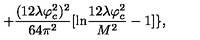
+ \frac { ( 1 2 \lambda \varphi _ { c } ^ { 2 } ) ^ { 2 } } { 6 4 \pi ^ { 2 } } [ \mathrm { l n } \frac { 1 2 \lambda \varphi _ { c } ^ { 2 } } { M ^ { 2 } } - 1 ] \} ,